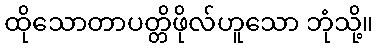
ထိုသောတာပတ္တိဖိုလ်ဟူသော ဘုံသို့။